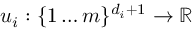
u _ { i } : \{ 1 \ldots m \} ^ { d _ { i } + 1 } \rightarrow \mathbb { R }